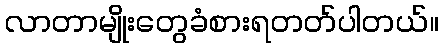
လာတာမျိုးတွေခံစားရတတ်ပါတယ်။